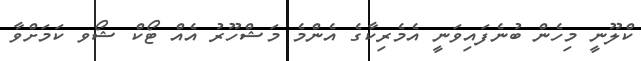
ކްލޫނީ މިހެން ބުނެފައިވަނީ އެމެރިކާގެ އެންމެ މަޝްހޫރު އެއް ޓޯކް ޝޯވ ކަމަށްވާ